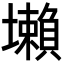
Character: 𡓒